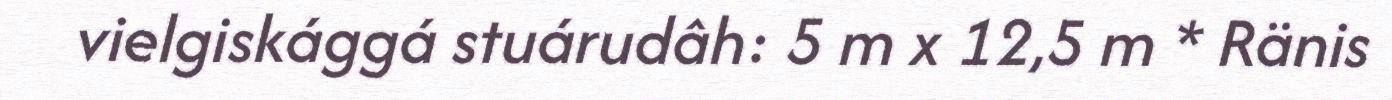
vielgiskággá stuárudâh: 5 m x 12,5 m * Ränis